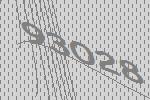
93028